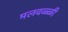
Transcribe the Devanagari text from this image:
मलवळ्ळी